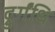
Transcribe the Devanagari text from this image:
द्रुर्गंधि